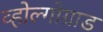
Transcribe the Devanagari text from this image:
व्होल्गोग्राड